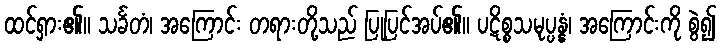
ထင်ရှား၏။ သင်္ခတံ၊ အကြောင်း တရားတို့သည် ပြုပြင်အပ်၏။ ပဋိစ္စသမုပ္ပန္နံ၊ အကြောင်းကို စွဲ၍